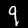
Digit: 9